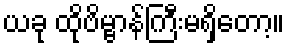
ယခု ထိုဗိမ္ဗာန်ကြီးမရှိတော့။